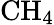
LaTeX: \mathrm{CH}_{4}